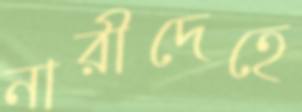
নারীদেহে